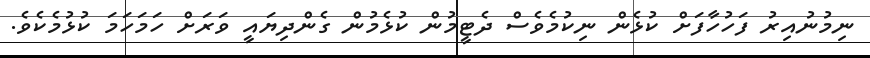
ނިމުނުއިރު ފަހުހާފަށް ކުޅެން ނިކުމެވެސް ދެޓީމުން ކުޅެމުން ގެންދިޔައީ ވަރަށް ހަމަހަމަ ކުޅުމެކެވެ.